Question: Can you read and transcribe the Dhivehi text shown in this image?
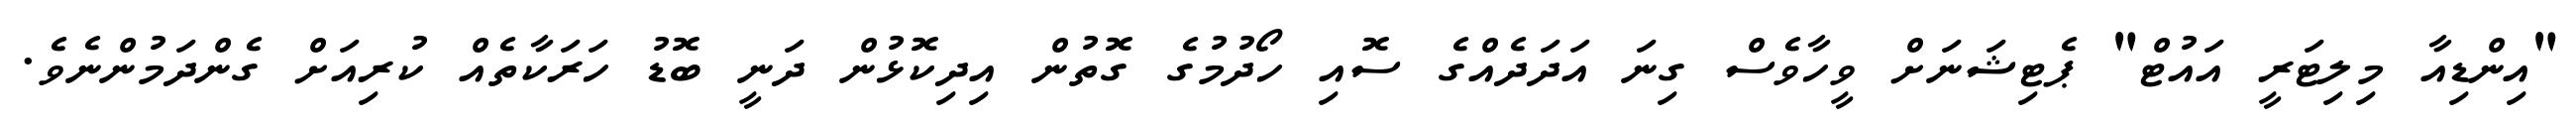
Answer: "އިންޑިއާ މިލިޓަރީ އައުޓް" ޕެޓިޝަނަށް ވީހާވެސް ގިނަ އަދަދެއްގެ ސޮއި ހޯދުމުގެ ގޮތުން އިދިކޮޅުން ދަނީ ބޮޑު ހަރަކާތެއް ކުރިއަށް ގެންދަމުންނެވެ.